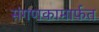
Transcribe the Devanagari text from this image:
संगणकामार्फत